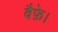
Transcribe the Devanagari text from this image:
वैफ़े।